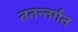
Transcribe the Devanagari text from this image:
ततन्तर्गत